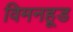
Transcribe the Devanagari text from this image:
विमनहूड